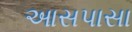
આસપાસા